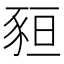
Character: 𧱂